Annual report on the working of the lock hospitals in the Central Provinces
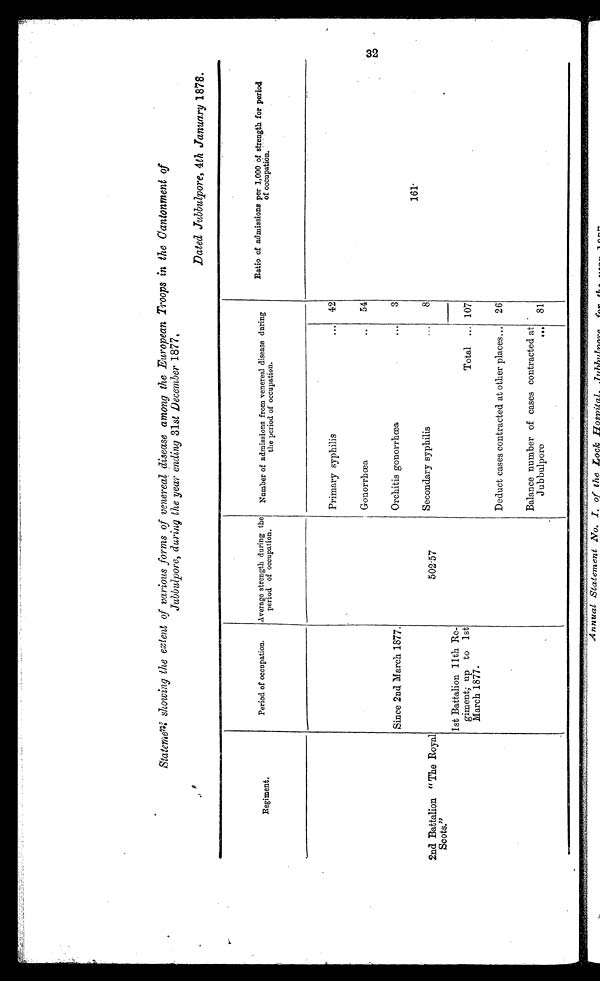
Statement showing the extent of various forms of venereal disease among the European Troops in the Cantonment of
Jubbulpore, during the year ending 31 st December 1877.
Dated Jubbulpore, 4th January 1878.
Regiment.
Period of occupation.
Average strength during the
period of occupation.
Number of admissions from venereal disease during
the period of occupation.
Ratio of admissions per 1,000 of strength for period
of occupation.
Primary syphilis
. .. 42
161.
Gonorrhœa
54
Orchitis gonorrhœa
...
3
Since 2nd March 1877.
2nd Battalion "The Royal
Scots."
5 0 2 · 5 7
Secondary syphilis
8
Total ... 107
1st Battalion 11th Re-
giment; up to 1st
March 1877.
Deduct cases contracted at other places...
26
81
Balance number of cases contracted at
Jubbulpore ...
32
.
=
‘'
.
Annual Statement No.
th.o
7 7-.7-L _7